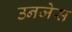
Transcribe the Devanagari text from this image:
उनजेस